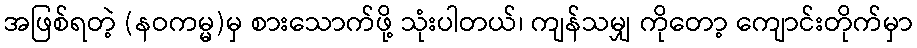
အဖြစ်ရတဲ့ (နဝကမ္မ)မှ စားသောက်ဖို့ သုံးပါတယ်၊ ကျန်သမျှ ကိုတော့ ကျောင်းတိုက်မှာ